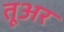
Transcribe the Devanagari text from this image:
तूअर